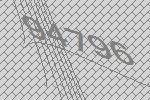
94796